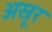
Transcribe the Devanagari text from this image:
अस्रूर